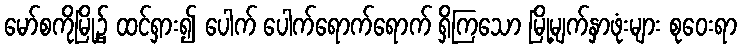
မော်စကိုမြို့၌ ထင်ရှား၍ ပေါက် ပေါက်ရောက်ရောက် ရှိကြသော မြို့မျက်နှာဖုံးများ စုဝေးရာ